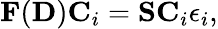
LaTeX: {\displaystyle{\mathbf F}({\mathbf D}){\mathbf C}_{i}={\mathbf S}{\mathbf C}_{i}\epsilon_{i},}